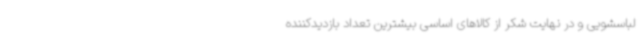
لباسشویی و در نهایت شکر از کالاهای اساسی بیشترین تعداد بازدیدکننده